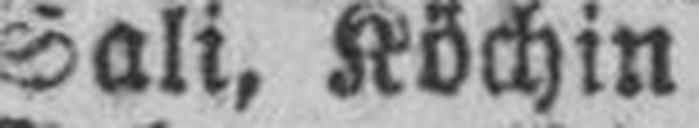
Sali, Köchin